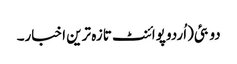
دو بئی(اُردو پوائنٹ تازہ ترین اخبار۔